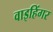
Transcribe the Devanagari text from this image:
वाइहिंगर